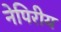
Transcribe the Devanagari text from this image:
नेपिरीय